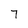
Character: 7